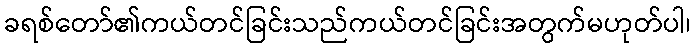
ခရစ်တော်၏ကယ်တင်ခြင်းသည်ကယ်တင်ခြင်းအတွက်မဟုတ်ပါ၊